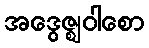
အဒွေဇ္ဈဝါစော